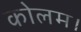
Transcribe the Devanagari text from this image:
कोलम।